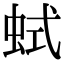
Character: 𧊖